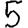
Digit: 5